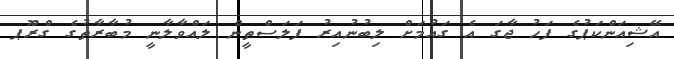
އޭޝިއަންކަޕުގެ ފަހު ޖާގަ އެ ގައުމަށް ލިބުނުއިރު ފަލަސްތީން ލައްވާލާނީ މުބާރާތުގެ ގްރޫްޕ